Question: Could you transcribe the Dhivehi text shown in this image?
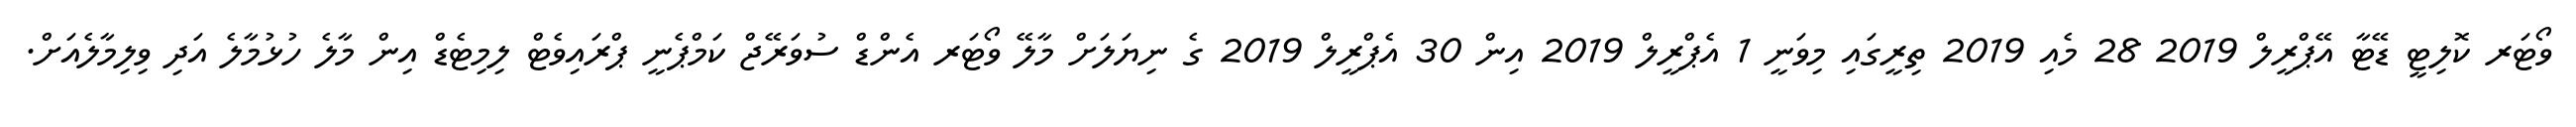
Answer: ވޯޓަރ ކޮލިޓީ ޑޭޓާ އޭޕްރީލް 2019 28 މެއި 2019 ތިރީގައި މިވަނީ 1 އެޕްރީލް 2019 އިން 30 އެޕްރީލް 2019 ގެ ނިޔަލަށް މާލޭ ވޯޓަރ އެންޑް ސުވަރޭޖް ކަމްޕެނީ ޕްރައިވެޓް ލިމިޓެޑް އިން މާލެ ހުޅުމާލެ އަދި ވިލިމާލެއަށް.